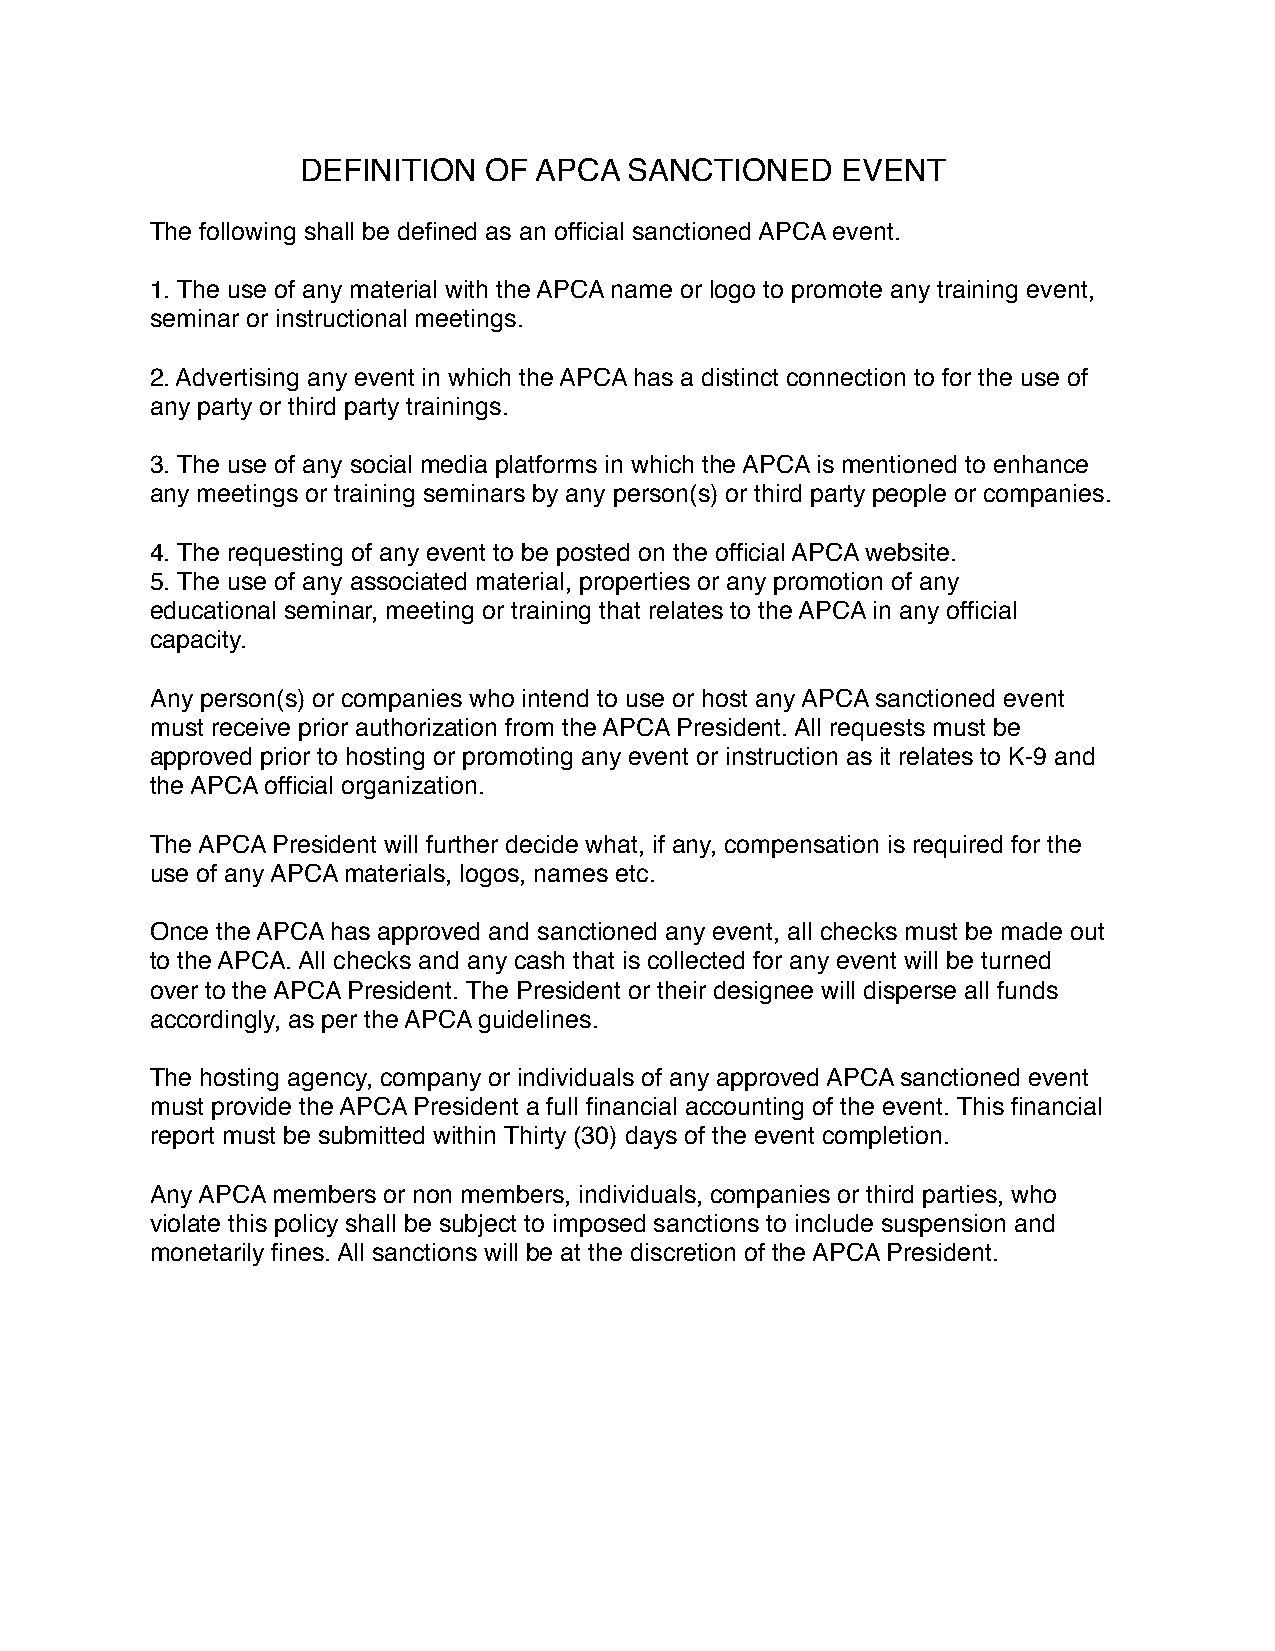
DEFINITION  OF APCA   SANCTIONED    EVENT
 The following shall be defined as an official sanctioned APCA event.
 1. The use of any material with the APCA name or logo to promote any training event,
 seminar or instructional meetings.
 2. Advertising any event in which the APCA has a distinct connection to for the use of
 any party or third party trainings.
 3. The use of any social media platforms in which the APCA is mentioned to enhance
 any meetings or training seminars by any person(s) or third party people or companies.
 4. The requesting of any event to be posted on the official APCA website.
 5. The use of any associated material, properties or any promotion of any
 educational seminar, meeting or training that relates to the APCA in any official
 capacity.
 Any person(s) or companies who intend to use or host any APCA sanctioned event
 must receive prior authorization from the APCA President. All requests must be
 approved prior to hosting or promoting any event or instruction as it relates to K-9 and
 the APCA official organization.
 The APCA President will further decide what, if any, compensation is required for the
 use of any APCA materials, logos, names etc.
 Once the APCA has approved and sanctioned any event, all checks must be made out
 to the APCA. All checks and any cash that is collected for any event will be turned
 over to the APCA President. The President or their designee will disperse all funds
 accordingly, as per the APCA guidelines.
 The hosting agency, company or individuals of any approved APCA sanctioned event
 must provide the APCA President a full financial accounting of the event. This financial
 report must be submitted within Thirty (30) days of the event completion.
 Any APCA members or non members, individuals, companies or third parties, who
 violate this policy shall be subject to imposed sanctions to include suspension and
 monetarily fines. All sanctions will be at the discretion of the APCA President.